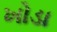
ખોડા